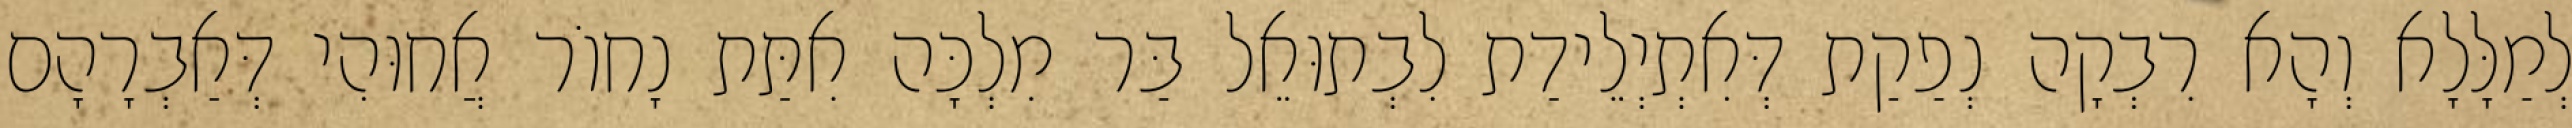
לְמַלָּלָא וְהָא רִבְקָה נְפַקַת דְּאִתְיְלֵידַת לִבְתוּאֵל בַּר מִלְכָּה אִתַּת נָחוֹר אֲחוּהִי דְּאַבְרָהָם